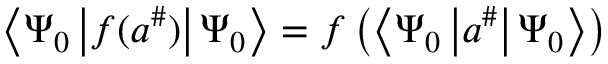
\left\langle \Psi _ { 0 } \left| f ( a ^ { \# } ) \right| \Psi _ { 0 } \right\rangle = f \left( \left\langle \Psi _ { 0 } \left| a ^ { \# } \right| \Psi _ { 0 } \right\rangle \right)